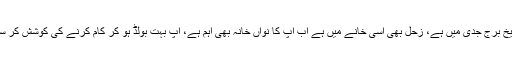
سیارہ مریخ برج جدی میں ہے، زحل بھی اسی خانے میں ہے اب آپ کا نواں خانہ بھی اہم ہے، آپ بہت بولڈ ہو کر کام کرنے کی کوشش کر سکتے ہیں۔